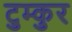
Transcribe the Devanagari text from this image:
टुम्कुर